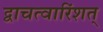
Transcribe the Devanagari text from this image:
द्वाचत्वारिंशत्